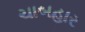
ચાબહાર